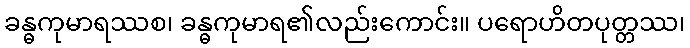
ခန္ဓကုမာရဿစ၊ ခန္ဓကုမာရ၏လည်းကောင်း။ ပရောဟိတပုတ္တဿ၊